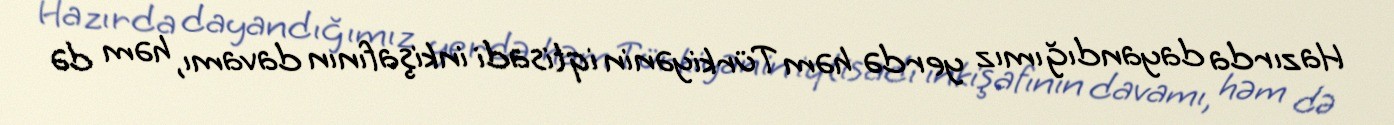
Hazırda dayandığımız yerdə həm Türkiyənin iqtisadi inkişafının davamı, həm də